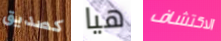
كصديق هيا الاكتشاف